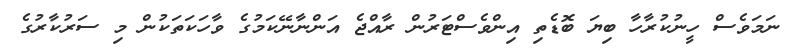
ނަމަވެސް ހީނުކުރާހާ ބިޔަ ބޮޑެތި އިންވެސްޓަރުން ރާއްޖެ އަންނާނޭކަމުގެ ވާހަކަތަކުން މި ސަރުކާރުގެ